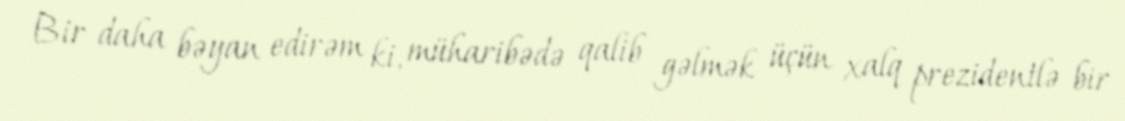
Bir daha bəyan edirəm ki, müharibədə qalib gəlmək üçün xalq prezidentlə bir